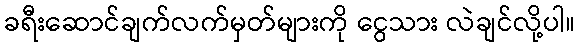
ခရီးဆောင်ချက်လက်မှတ်များကို ငွေသား လဲချင်လို့ပါ။